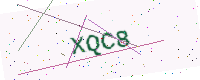
Text: XQC8